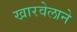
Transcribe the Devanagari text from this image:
खारवेलाने